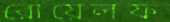
রোয়েলফ